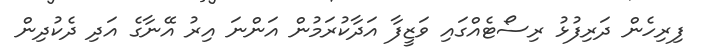
ފިރިހެން ދަރިފުޅު ރިސޯޓެއްގައި ވަޒީފާ އަދާކުރަމުން އަންނަ އިރު އޭނާގެ އަދި ދެކުދިން